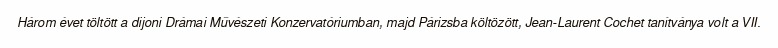
Három évet töltött a dijoni Drámai Művészeti Konzervatóriumban, majd Párizsba költözött, Jean-Laurent Cochet tanítványa volt a VII.